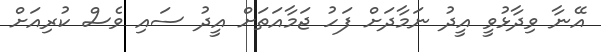
އޭނާ ވިދާޅުވީ އީދު ނަމާދަށް ފަހު ޖަމާއަތަށް އީދު ސައި ވެސް ކުރިއަށް